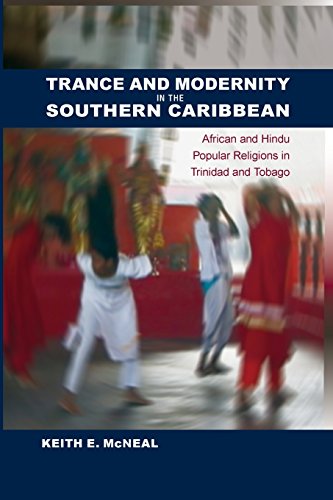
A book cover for Trance and Modernity in the Southern Caribbean: African and Hindu Popular Religions in Trinidad and Tobago (New World Diasporas); Keith E. McNeal; Religion & Spirituality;